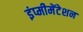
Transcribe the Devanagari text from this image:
इंप्मीमेंटेशन